Annual report of the Punjab Veterinary College and of the Civil Veterinary Department, Punjab - 1920-1925
Year: 1920
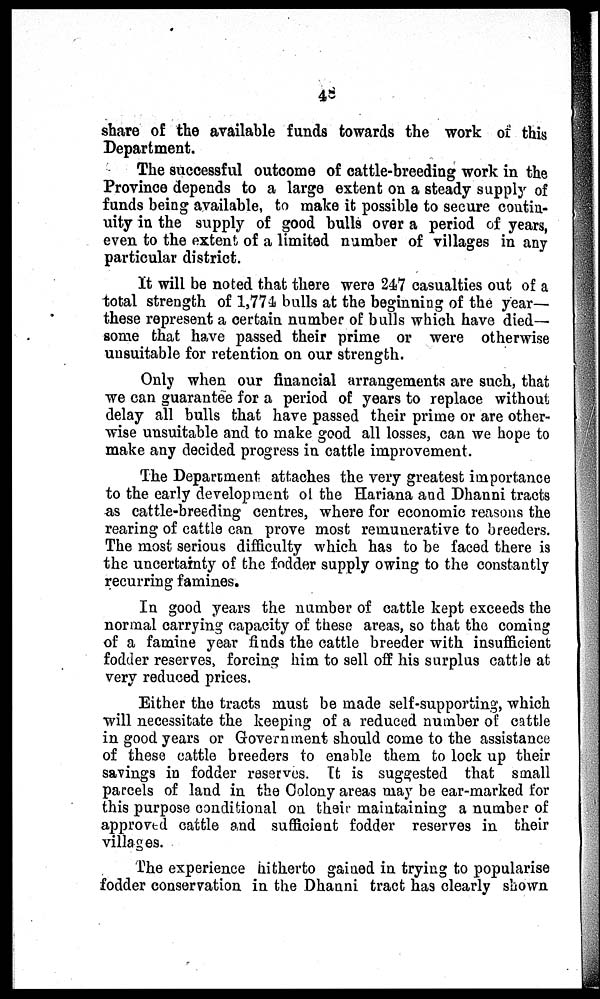
48
share of the available funds towards the work of this
Department.
The successful outcome of cattle-breeding work in the
Province depends to a large extent on a steady supply of
funds being available, to make it possible to secure contin-
uity in the supply of good bulls over a period of years,
even to the extent of a limited number of villages in any
particular district.
It will be noted that there were 247 casualties out of a
total strength of 1,774 bulls at the beginning of the year—
these represent a certain number of bulls which have died—
some that have passed their prime or were otherwise
unsuitable for retention on our strength.
Only when our financial arrangements are such, that
we can guarantee for a period of years to replace without
delay all bulls that have passed their prime or are other-
wise unsuitable and to make good all losses, can we hope to
make any decided progress in cattle improvement.
The Department attaches the very greatest importance
to the early development of the Hariana and Dhanni tracts
as cattle-breeding centres, where for economic reasons the
rearing of cattle can prove most remunerative to breeders.
The most serious difficulty which has to be faced there is
the uncertainty of the fodder supply owing to the constantly
recurring famines.
In good years the number of cattle kept exceeds the
normal carrying capacity of these areas, so that the coming
of a famine year finds the cattle breeder with insufficient
fodder reserves, forcing him to sell off his surplus cattle at
very reduced prices.
Either the tracts must be made self-supporting, which
will necessitate the keeping of a reduced number of cattle
in good years or Government should come to the assistance
of these cattle breeders to enable them to lock up their
savings in fodder reserves. It is suggested that small
parcels of land in the Colony areas may be ear-marked for
this purpose conditional on their maintaining a number of
approved cattle and sufficient fodder reserves in their
villages.
The experience hitherto gained in trying to popularise
fodder conservation in the Dhanni tract has clearly shown